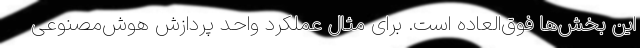
این بخش‌ها فوق‌العاده است. برای مثال عملکرد واحد پردازش هوش‌مصنوعی